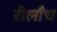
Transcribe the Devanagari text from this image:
रीलाँच